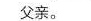
父亲.